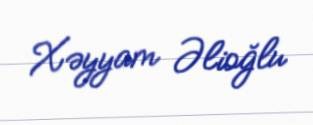
Xəyyam Əlioğlu